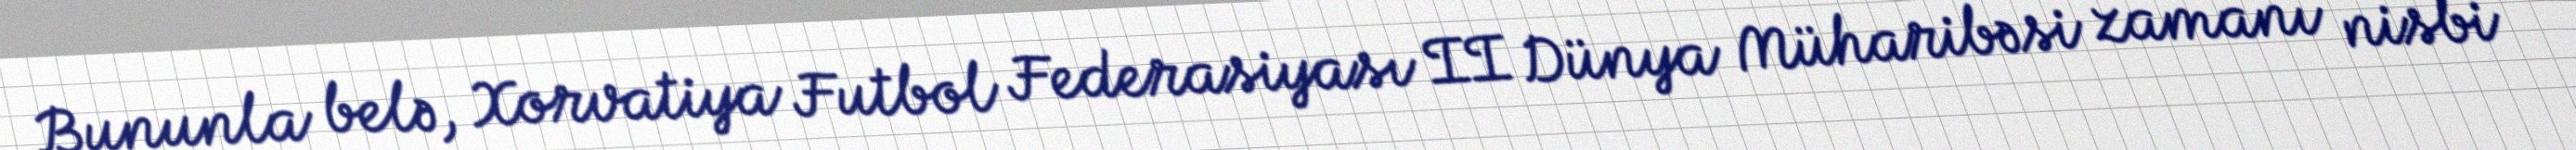
Bununla belə, Xorvatiya Futbol Federasiyası II Dünya Müharibəsi zamanı nisbi